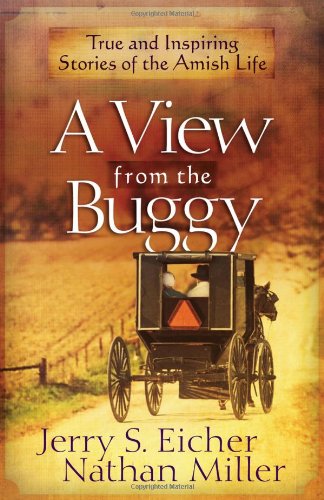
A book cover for A View from the Buggy: True and Inspiring Stories of the Amish Life; Jerry S. Eicher; Christian Books & Bibles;